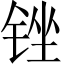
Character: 锉